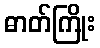
ဓာတ်ကြိုး